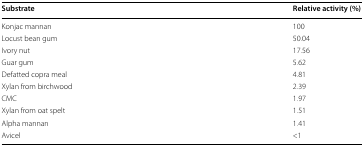
<table><thead><tr><td><b>Substrate</b></td><td><b>Relative activity (%)</b></td></tr></thead><tbody><tr><td>Konjac mannan</td><td>100</td></tr><tr><td>Locust bean gum</td><td>50.04</td></tr><tr><td>Ivory nut</td><td>17.56</td></tr><tr><td>Guar gum</td><td>5.62</td></tr><tr><td>Defatted copra meal</td><td>4.81</td></tr><tr><td>Xylan from birchwood</td><td>2.39</td></tr><tr><td>CMC</td><td>1.97</td></tr><tr><td>Xylan from oat spelt</td><td>1.51</td></tr><tr><td>Alpha mannan</td><td>1.41</td></tr><tr><td>Avicel</td><td>&lt;1</td></tr></tbody></table>